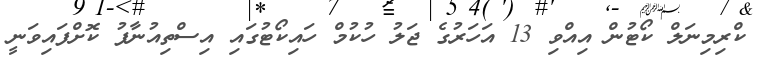
ކްރިމިނަލް ކޯޓުން އިއްވި 13 އަހަރުގެ ޖަލު ހުކުމް ހައިކޯޓުގައި އިސްތިއުނާފު ކޮށްފައިވަނީ